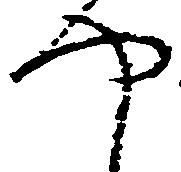
や